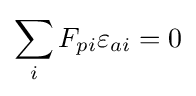
\sum _{i}F_{pi}\varepsilon _{ai}=0